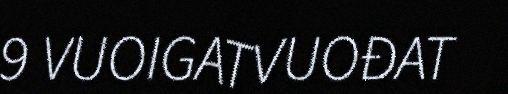
9 VUOIGATVUOĐAT